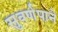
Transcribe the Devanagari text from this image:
सुवर्णपाने